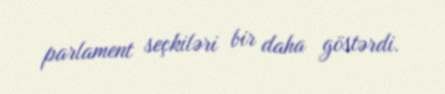
parlament seçkiləri bir daha göstərdi.